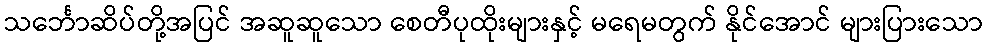
သင်္ဘောဆိပ်တို့အပြင် အဆူဆူသော စေတီပုထိုးများနှင့် မရေမတွက် နိုင်အောင် များပြားသော